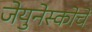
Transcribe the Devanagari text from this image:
जेयुनेस्कोचे